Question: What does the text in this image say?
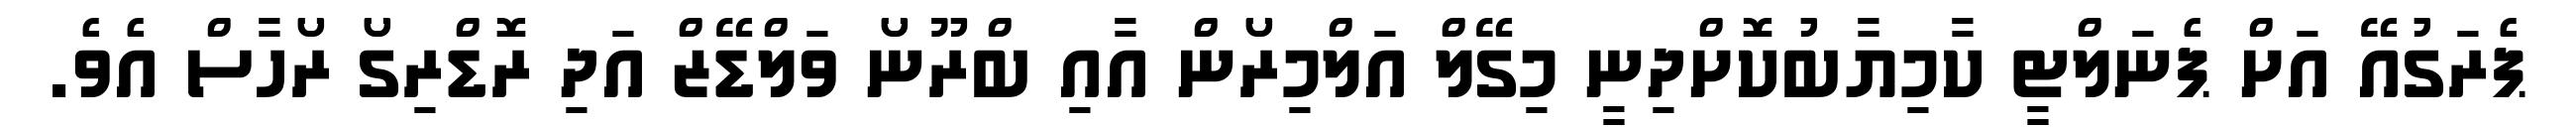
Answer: ޕެރަގުއޭ އަށް ޕެނަލްޓީ ކާމިޔާބުކޮށްދިނީ މިގޭލް އަލްމިރޯން އާއި ބްރޫނޯ ވަލްޑޭޒް އަދި ރޮޑްރިގޯ ރޯހާސް އެވެ.